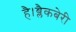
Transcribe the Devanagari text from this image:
है।ब्लैकबेरी